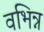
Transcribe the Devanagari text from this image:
वभिन्न